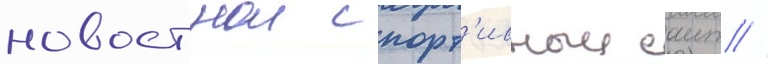
новостнои спорт'ивныи саит //